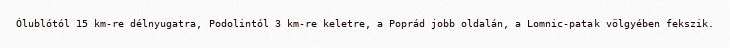
Ólublótól 15 km-re délnyugatra, Podolintól 3 km-re keletre, a Poprád jobb oldalán, a Lomnic-patak völgyében fekszik.